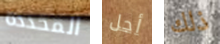
المحددة أجل ذلك